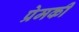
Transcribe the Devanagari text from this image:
प्रेमकी